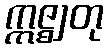
ဣဇ္ဈတု